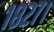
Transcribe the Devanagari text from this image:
१८२७।